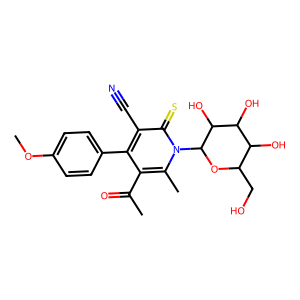
SMILES: COc1ccc(-c2c(C(C)=O)c(C)n(C3OC(CO)C(O)C(O)C3O)c(=S)c2C#N)cc1
Inhibits HIV replication: No